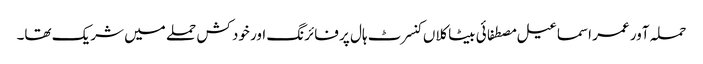
حملہ آور عمر اسماعیل مصطفائی بیٹاکلاں کنسرٹ ہال پر فائرنگ اور خود کش حملے میں شریک تھا۔